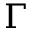
\Gamma